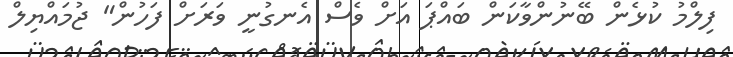
ފިލްމު ކުޅެން ބޭނުންވާކަން ބައްޕަ އަށް ވެސް އެނގުނީ ވަރަށް ފަހުން" ޖުމައްޔިލް